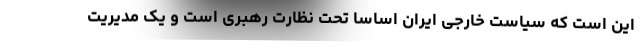
این است که سیاست خارجی ایران اساساً تحت نظارت رهبری است و یک مدیریت